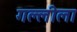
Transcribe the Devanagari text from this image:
गल्लीला